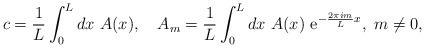
LaTeX: \begin{align*} c=\frac{1}{L} \int_0^L dx \ A(x), \quad A_m=\frac{1}{L} \int_0^L dx \ A(x) \ { \rm e}^{- \frac{2 \pi i m }{L} x}, \ m\neq 0,\end{align*}